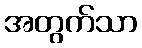
အတွက်သာ